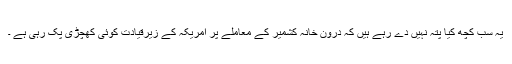
یہ سب کچھ کیا پتہ نہیں دے رہے ہیں کہ درون خانہ کشمیر کے معاملے پر امریکہ کے زیرقیادت کوئی کھچڑی پک رہی ہے ۔